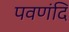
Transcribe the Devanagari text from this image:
पवणंदि